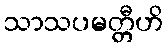
သာသပမတ္တီဟိ